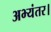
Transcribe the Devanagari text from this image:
अभ्यंतर।